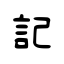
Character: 記